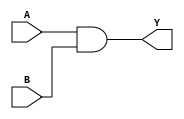
module AND_Cell (
    input wire A,
    input wire B,
    output wire Y
);
    assign Y = A & B; // AND operation
endmodule